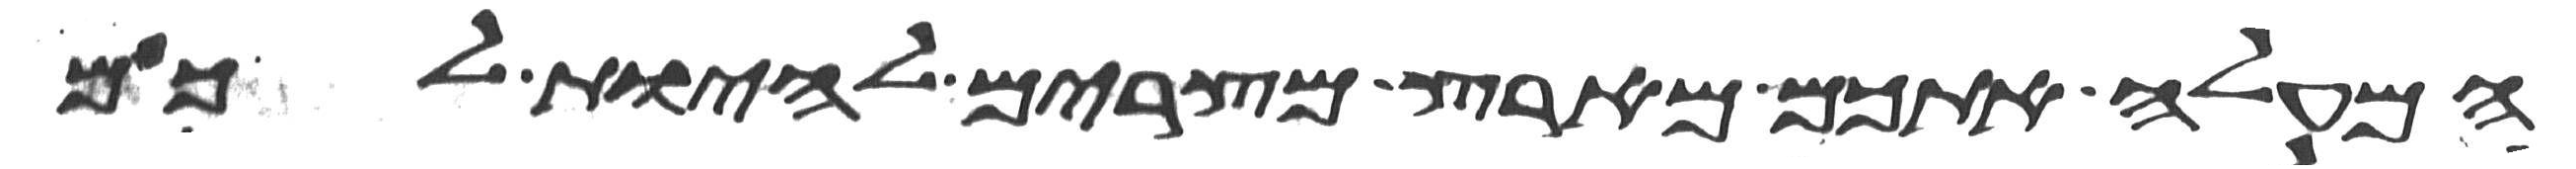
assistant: המעלה אתכם מארץ מצרים להיות לכם